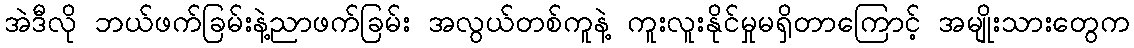
အဲဒီလို ဘယ်ဖက်ခြမ်းနဲ့ညာဖက်ခြမ်း အလွယ်တစ်ကူနဲ့ ကူးလူးနိုင်မှုမရှိတာကြောင့် အမျိုးသားတွေက